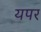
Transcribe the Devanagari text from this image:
यपर